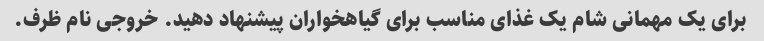
برای یک مهمانی شام یک غذای مناسب برای گیاهخواران پیشنهاد دهید. خروجی نام ظرف.